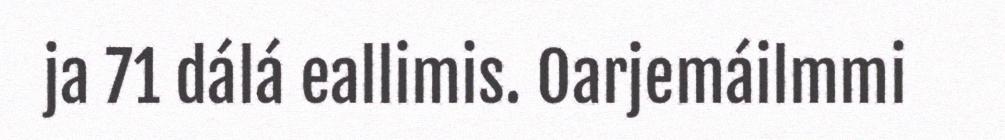
ja 71 dálá eallimis. Oarjemáilmmi